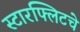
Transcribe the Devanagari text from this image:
स्टारफ्लिटचे